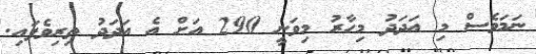
ނަމަވެސް މި އަދަދު މިހާރު މިވަނީ 290 އަށް އެ އަދަދު ތިރިވެފައި.